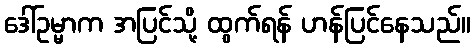
ဒေါ်ဥမ္မာက အပြင်သို့ ထွက်ရန် ဟန်ပြင်နေသည်။